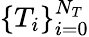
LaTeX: \{ T_{i}\} _{i=0}^{N_{T}}